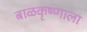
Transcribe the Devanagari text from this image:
बाळकृष्णाला